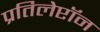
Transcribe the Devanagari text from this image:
प्रतिलेप्टॉन